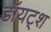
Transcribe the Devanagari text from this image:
डॉयट्श